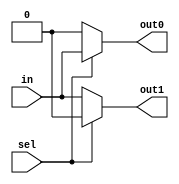
module demux_1to2 (
    input in,
    input sel,
    output reg out0,
    output reg out1
);

always @(*)
begin
    if (sel == 1'b1)
    begin
        out0 = in;
        out1 = 1'b0;
    end
    else
    begin
        out0 = 1'b0;
        out1 = in;
    end
end

endmodule